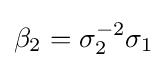
\beta _{2}=\sigma _{2}^{-2}\sigma _{1}